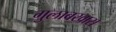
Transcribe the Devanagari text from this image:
गुलाबखास